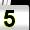
Digit: 5